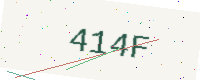
Text: 414F